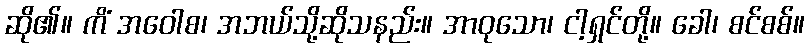
ဆို၏။ ကိံ အဝေါစ၊ အဘယ်သို့ဆိုသနည်း။ အာဝုသော၊ ငါ့ရှင်တို့။ ခေါ၊ စင်စစ်။